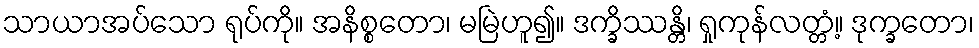
သာယာအပ်သော ရုပ်ကို။ အနိစ္စတော၊ မမြဲဟူ၍။ ဒက္ခိဿန္တိ၊ ရှုကုန်လတ္တံ့။ ဒုက္ခတော၊